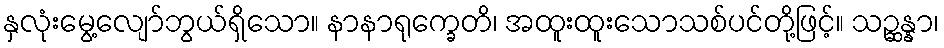
နှလုံးမွေ့လျော်ဘွယ်ရှိသော။ နာနာရုက္ခေတိ၊ အထူးထူးသောသစ်ပင်တို့ဖြင့်။ သဉ္ဆန္နာ၊